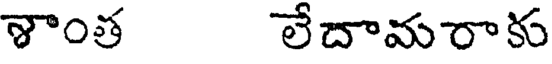
శాంత లేదామరాకు